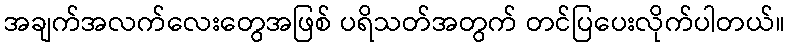
အချက်အလက်လေးတွေအဖြစ် ပရိသတ်အတွက် တင်ပြပေးလိုက်ပါတယ်။